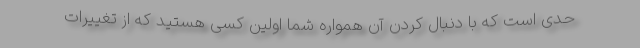
حدی است که با دنبال کردن آن همواره شما اولین کسی هستید که از تغییرات